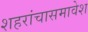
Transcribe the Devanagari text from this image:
शहरांचासमावेश